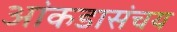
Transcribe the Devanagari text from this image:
आंकडासंचय